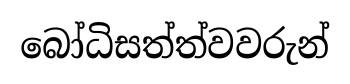
බෝධිසත්ත්වවරුන්